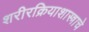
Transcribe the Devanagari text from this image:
शरीरक्रियाशास्त्राचे